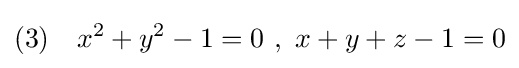
(3)\quad x^{2}+y^{2}-1=0\ ,\ x+y+z-1=0